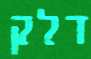
דלק